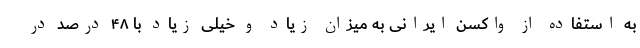
به استفاده از واکسن ایرانی به میزان زیاد و خیلی زیاد با ۴۸ درصد در